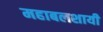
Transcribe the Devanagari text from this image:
महाबलशायी